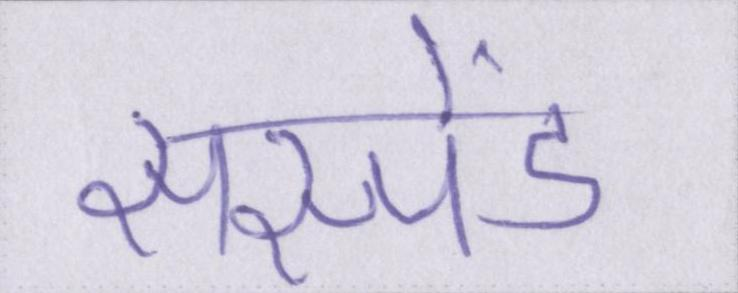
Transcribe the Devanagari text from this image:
सस्पेंड